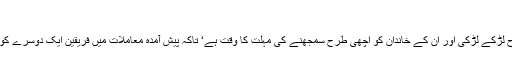
تاریخ اشاعت: 29 مارچ 2019ء
منگنی دراصل نکاح کا وعدہ ہے جو ایک طرح سے قبل از نکاح لڑکے لڑکی اور ان کے خاندان کو اچھی طرح سمجھنے کی مہلت کا وقت ہے‘ تاکہ پیش آمدہ معاملات میں فریقین ایک دوسرے کو جانچ لیں اور نکاح کے بعد انہیں مسائل کا سامنا نہ کرنا پڑے۔